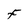
Character: F